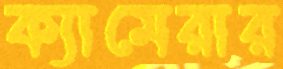
ক্যামেরার